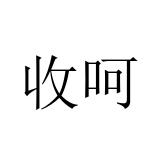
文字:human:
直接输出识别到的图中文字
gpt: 收呵